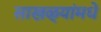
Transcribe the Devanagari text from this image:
साखळ्यांमधे